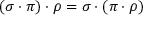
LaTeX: ( \sigma \cdot \pi ) \cdot \rho = \sigma \cdot ( \pi \cdot \rho )